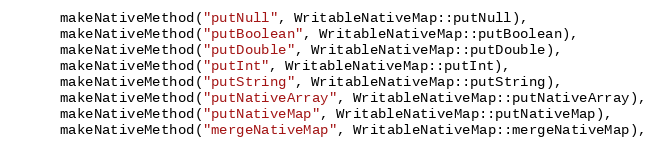
Language: C++
      makeNativeMethod("putNull", WritableNativeMap::putNull),
      makeNativeMethod("putBoolean", WritableNativeMap::putBoolean),
      makeNativeMethod("putDouble", WritableNativeMap::putDouble),
      makeNativeMethod("putInt", WritableNativeMap::putInt),
      makeNativeMethod("putString", WritableNativeMap::putString),
      makeNativeMethod("putNativeArray", WritableNativeMap::putNativeArray),
      makeNativeMethod("putNativeMap", WritableNativeMap::putNativeMap),
      makeNativeMethod("mergeNativeMap", WritableNativeMap::mergeNativeMap),